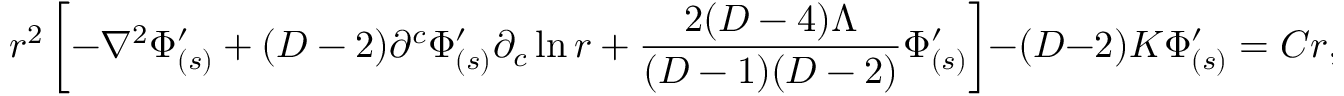
r ^ { 2 } \left[ - \nabla ^ { 2 } \Phi _ { ( s ) } ^ { \prime } + ( D - 2 ) \partial ^ { c } \Phi _ { ( s ) } ^ { \prime } \partial _ { c } \ln r + \frac { 2 ( D - 4 ) \Lambda } { ( D - 1 ) ( D - 2 ) } \Phi _ { ( s ) } ^ { \prime } \right] - ( D - 2 ) K \Phi _ { ( s ) } ^ { \prime } = C r ,